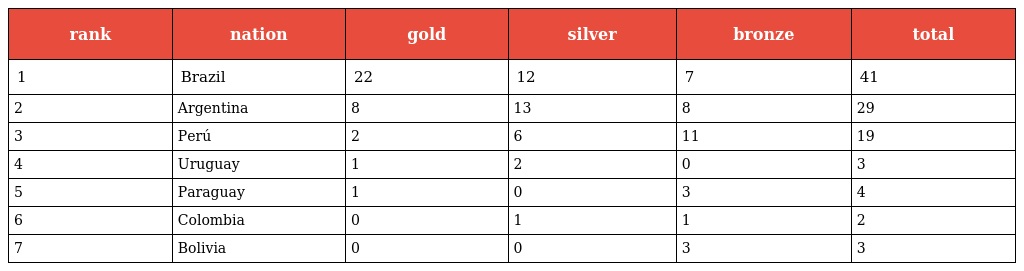
| rank | nation | gold | silver | bronze | total |
 | --- | --- | --- | --- | --- | --- |
 | 1 | Brazil | 22 | 12 | 7 | 41 |
 | 2 | Argentina | 8 | 13 | 8 | 29 |
 | 3 | Perú | 2 | 6 | 11 | 19 |
 | 4 | Uruguay | 1 | 2 | 0 | 3 |
 | 5 | Paraguay | 1 | 0 | 3 | 4 |
 | 6 | Colombia | 0 | 1 | 1 | 2 |
 | 7 | Bolivia | 0 | 0 | 3 | 3 |